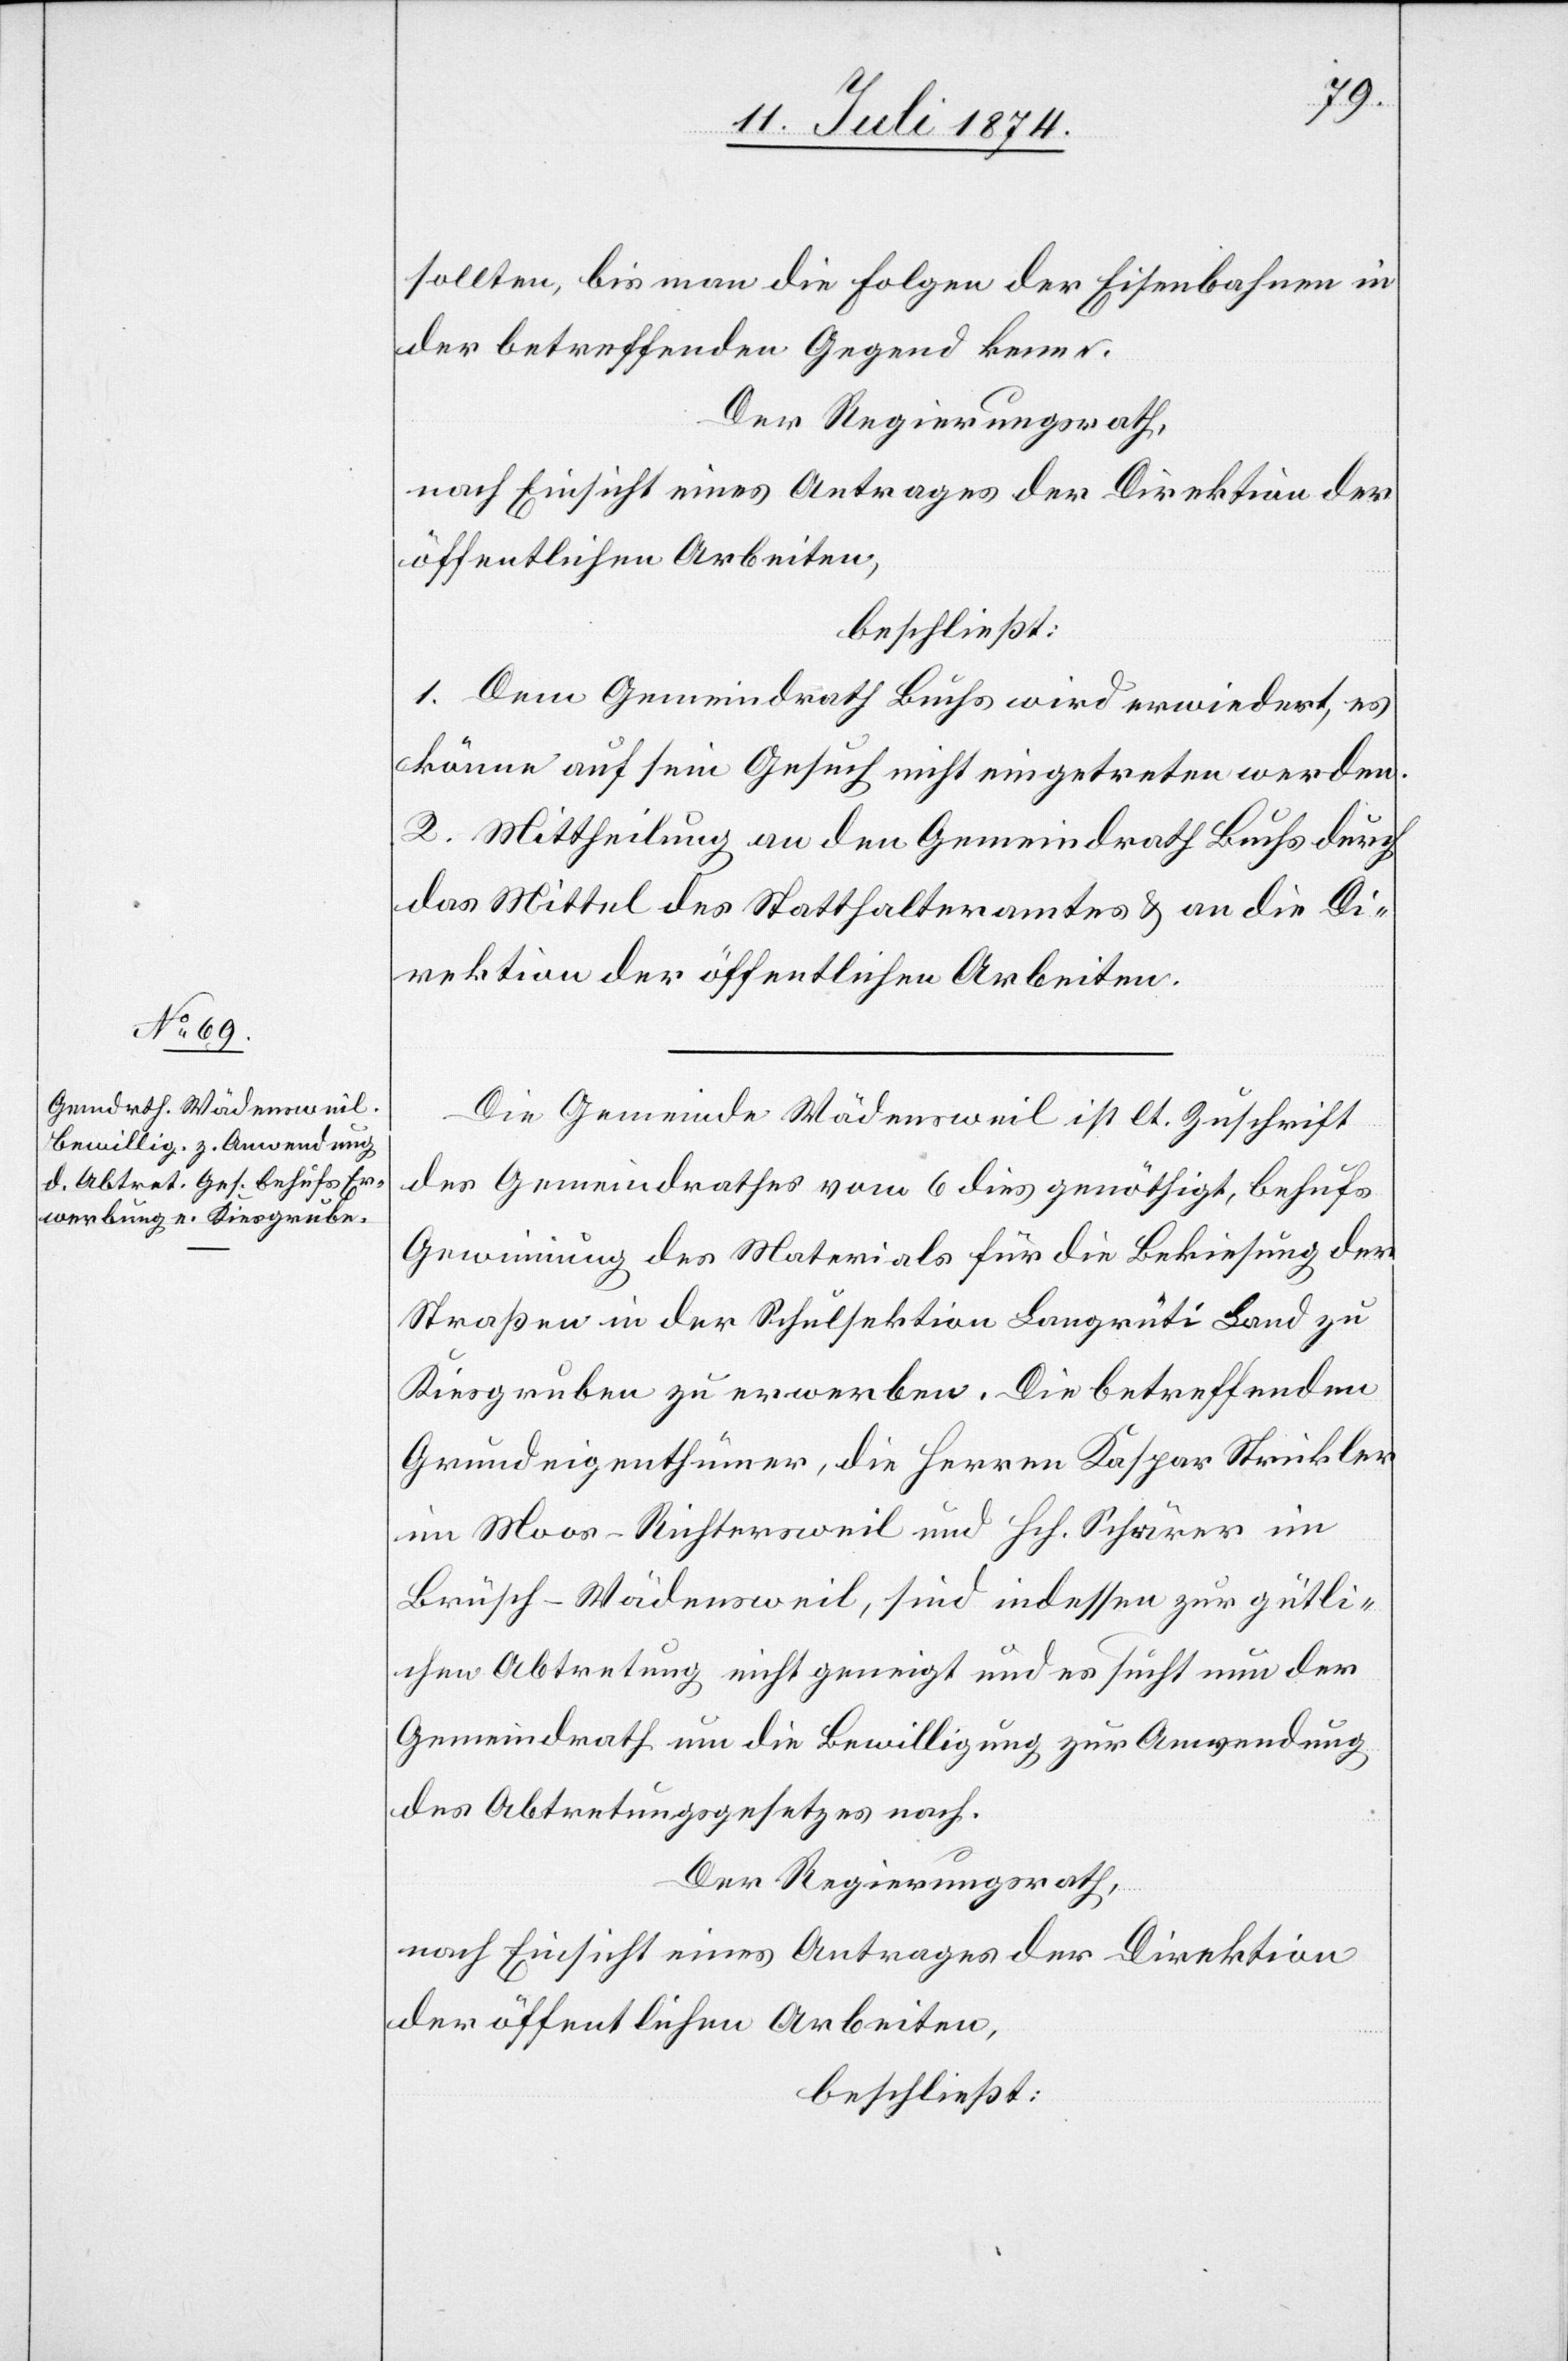
sollten, bis man die Folgen der Eisenbahnen in
der betreffenden Gegen kenne.
Der Regierungsrath,
nach Einsicht eines Antrages der Direktion der
öffentlichen Arbeiten,
beschließt:
1. Dem Gemeindrath Buchs wird erwiedert, es
könne auf sein Gesuch nicht eingetreten werden.
2. Mittheilung an den Gemeindrath Buchs durch
das Mittel des Statthalteramtes u. an die Di¬
rektion der öffentlichen Arbeiten.
Die Gemeinde Wädensweil ist lt. Zuschrift
des Gemeindrathes vom 6. dies genöthigt, behufs
Gewinnung des Materials für die Bekiesung der
Straßen in der Schulsektion Langrüti Land zu
Kiesgruben zu erwerben. Die betreffenden
Grundeigenthümer, die Herren Kaspar Strickler
im Moos-Richtersweil und Hch. Schärer in
Brüsch-Wädensweil, sind indessen zur gütli¬
chen Abtretung nicht geneigt und es sucht nun der
Gemeindrath um die Bewilligung zur Anwendung
des Abtretungsgesetzes nach.
Der Regierungsrath,
nach Einsicht eines Antrages der Direktion
der öffentlichen Arbeiten,
beschließt: